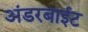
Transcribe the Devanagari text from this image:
अंडरबाईट